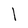
Character: l